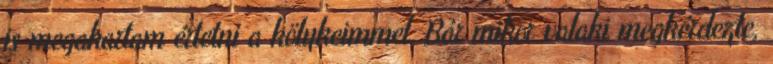
is megakartam értetni a kölykeimmel. Bár mikor valaki megkérdezte,